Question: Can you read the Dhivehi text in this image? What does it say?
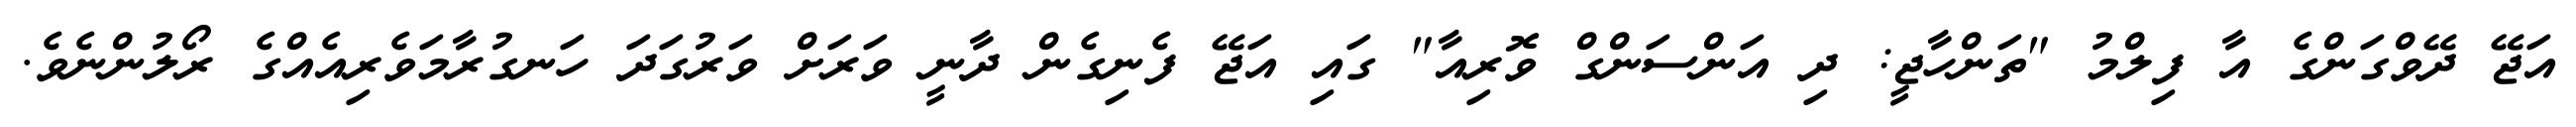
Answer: އަޖޭ ދޭވްގަންގެ އާ ފިލްމު "ތަންހާޖީ: ދި އަންސަންގް ވޮރިއާ" ގައި އަޖޭ ފެނިގެން ދާނީ ވަރަށް ވަރުގަދަ ހަނގުރާމަވެރިއެއްގެ ރޯލުންނެވެ.